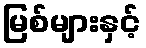
မြစ်များနှင့်